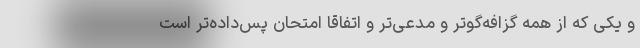
و یکی که از همه گزافه‌گو‌تر و مدعی‌تر و اتفاقا امتحان پس‌داده‌تر است